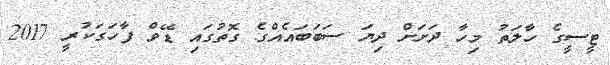
ޓީސީގެ ހާލަތު މިހާ ދަށަށް ދިޔަ ސަބަބައެއްގެ ގޮތުގައި ޑޭވް ފާހަގަކުރީ 2017